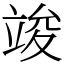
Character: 竣